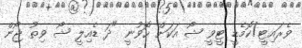
ވެރައިޓީ/ކޮމެޑީ ޓީވީ ޝޯ އަކަށް ހޮވުނީ "ދަ ޑެއިލީ ޝޯ ވިތު ޖޯން